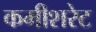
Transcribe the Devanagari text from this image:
कमीशरेट